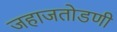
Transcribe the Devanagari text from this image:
जहाजतोडणी